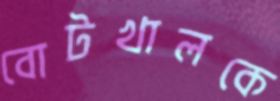
বোটখালকে